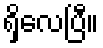
ရှိလေပြီ။